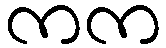
ကက